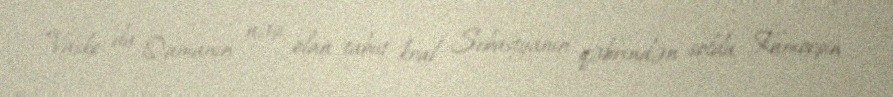
Vasko da Qamanın nəşi olan tabut kral Sebastyanın qəbrindən solda, Kamoeşin